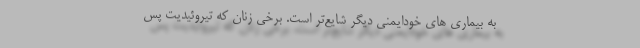
به بیماری های خودایمنی دیگر شایع‌تر است. برخی زنان که تیروئیدیت پس